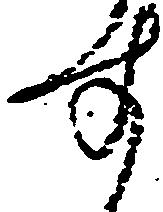
す